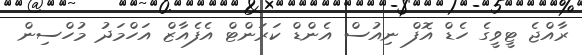
ރާއްޖެ ޓީވީގެ ހެޑް އޮފް ނިއުސް އެންޑް ކަރަންޓް އެފެއާޒް އަހްމަދު މުހްސިން